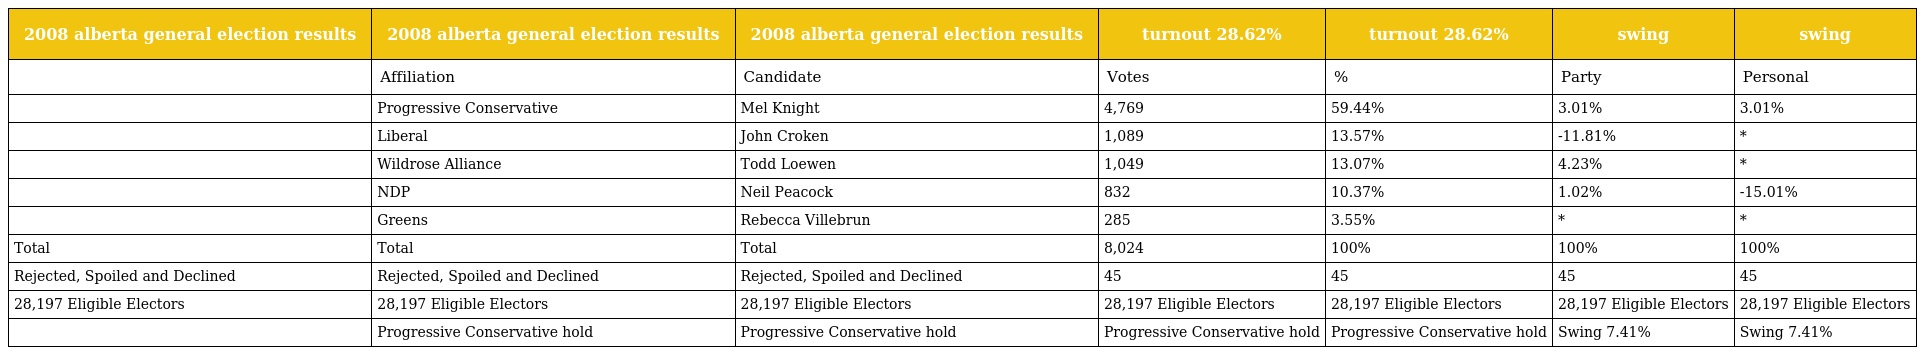
| 2008 alberta general election results | 2008 alberta general election results | 2008 alberta general election results | turnout 28.62% | turnout 28.62% | swing | swing |
 | --- | --- | --- | --- | --- | --- | --- |
 |  | Affiliation | Candidate | Votes | % | Party | Personal |
 |  | Progressive Conservative | Mel Knight | 4,769 | 59.44% | 3.01% | 3.01% |
 |  | Liberal | John Croken | 1,089 | 13.57% | -11.81% | * |
 |  | Wildrose Alliance | Todd Loewen | 1,049 | 13.07% | 4.23% | * |
 |  | NDP | Neil Peacock | 832 | 10.37% | 1.02% | -15.01% |
 |  | Greens | Rebecca Villebrun | 285 | 3.55% | * | * |
 | Total | Total | Total | 8,024 | 100% | 100% | 100% |
 | Rejected, Spoiled and Declined | Rejected, Spoiled and Declined | Rejected, Spoiled and Declined | 45 | 45 | 45 | 45 |
 | 28,197 Eligible Electors | 28,197 Eligible Electors | 28,197 Eligible Electors | 28,197 Eligible Electors | 28,197 Eligible Electors | 28,197 Eligible Electors | 28,197 Eligible Electors |
 |  | Progressive Conservative hold | Progressive Conservative hold | Progressive Conservative hold | Progressive Conservative hold | Swing 7.41% | Swing 7.41% |